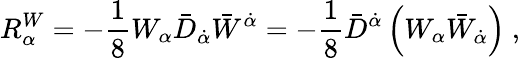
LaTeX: R_{\alpha}^{W}=-\frac{1}{8}W_{\alpha}{\bar{D}}_{\dot{\alpha}}{\bar{W}}^{\dot{\alpha}}=-\frac{1}{8}{\bar{D}}^{\dot{\alpha}}\left(W_{\alpha}{\bar{W}}_{\dot{\alpha}}\right)\ ,